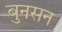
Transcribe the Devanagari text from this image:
बुनसन